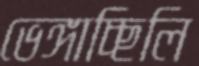
ভেঙ্গাচ্ছিলি